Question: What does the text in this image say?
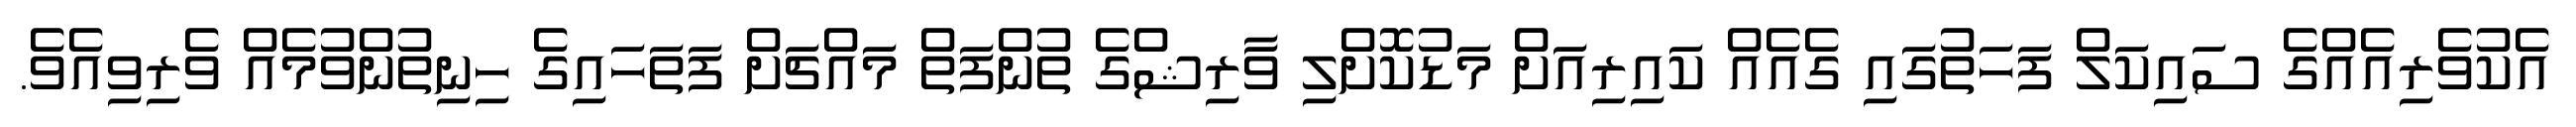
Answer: އެކުވެރިއެއްގެ ސައިކަލް ފަހަތުގައި ގެއެއް ކައިރިއަށް މަޑުކޮށްލި ވާރިޝްގެ ތުންފަތް މައްޗަށް ފަތަހައިގެ ހިނިތުންވުމެއް ވެރިވިއެވެ.